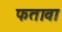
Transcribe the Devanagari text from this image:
फतावा